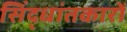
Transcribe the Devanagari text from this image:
सिंद्धांतकारों